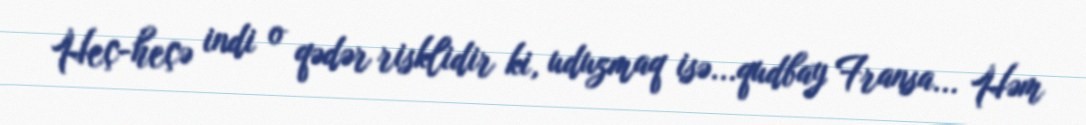
Heç-heçə indi o qədər risklidir ki, uduzmaq isə...qudbay Fransa... Həm